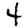
Digit: 4